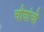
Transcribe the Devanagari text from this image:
चौघांची